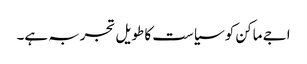
اجے ماکن کو سیاست کا طویل تجربہ ہے۔